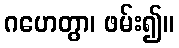
ဂဟေတွာ၊ ဖမ်း၍။